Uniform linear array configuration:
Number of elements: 16
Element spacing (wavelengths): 0.75
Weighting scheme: binomial
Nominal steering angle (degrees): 0
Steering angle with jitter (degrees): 1.018
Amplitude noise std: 0.05
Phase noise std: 0.05

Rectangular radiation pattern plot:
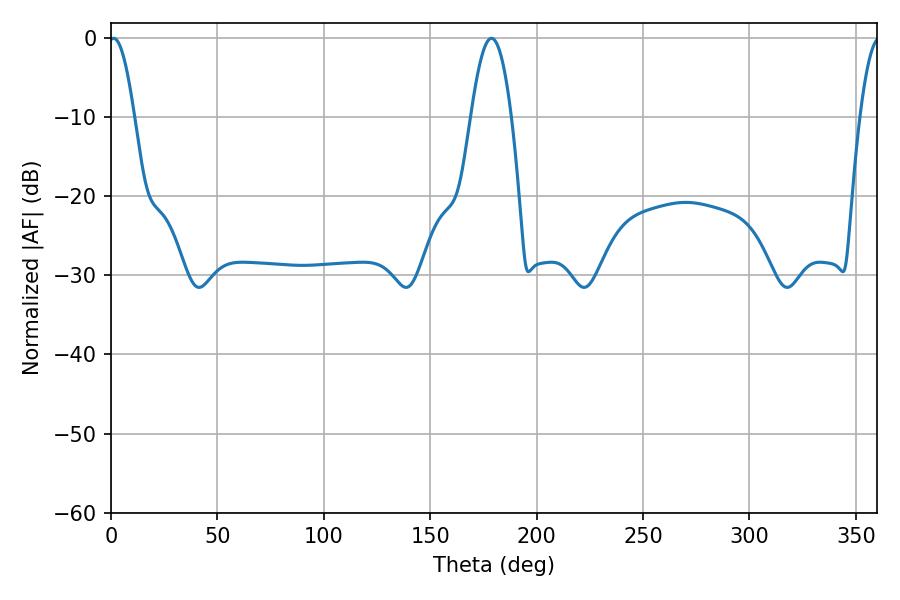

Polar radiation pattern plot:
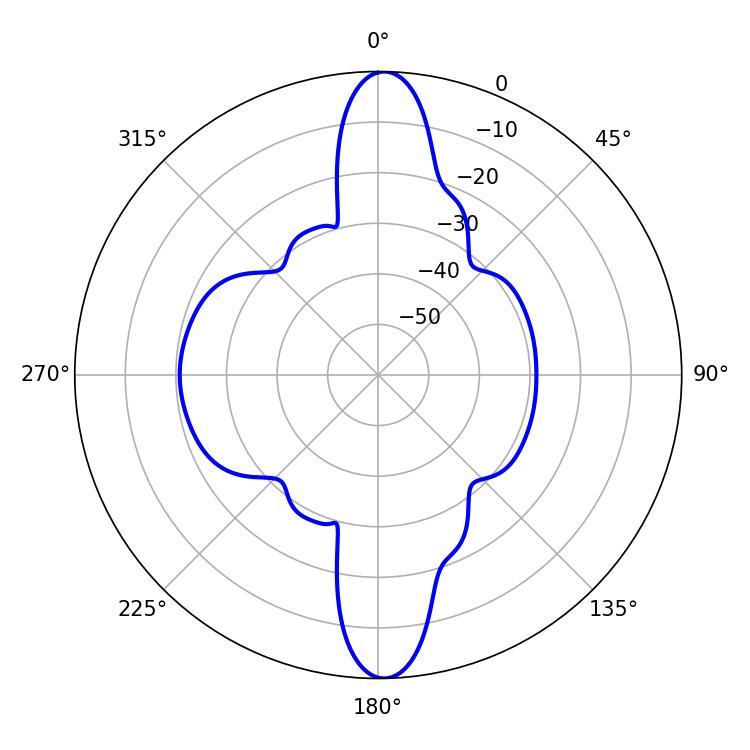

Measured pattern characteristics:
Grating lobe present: TRUE
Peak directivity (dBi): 26.282
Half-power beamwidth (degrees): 6.48
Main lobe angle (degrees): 1.26